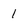
Character: 1